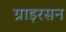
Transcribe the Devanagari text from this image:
ग्राइरसन